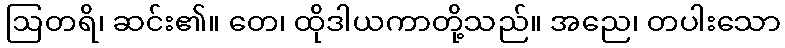
ဩတရိ၊ ဆင်း၏။ တေ၊ ထိုဒါယကာတို့သည်။ အညေ၊ တပါးသော